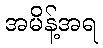
အမိန့်အရ